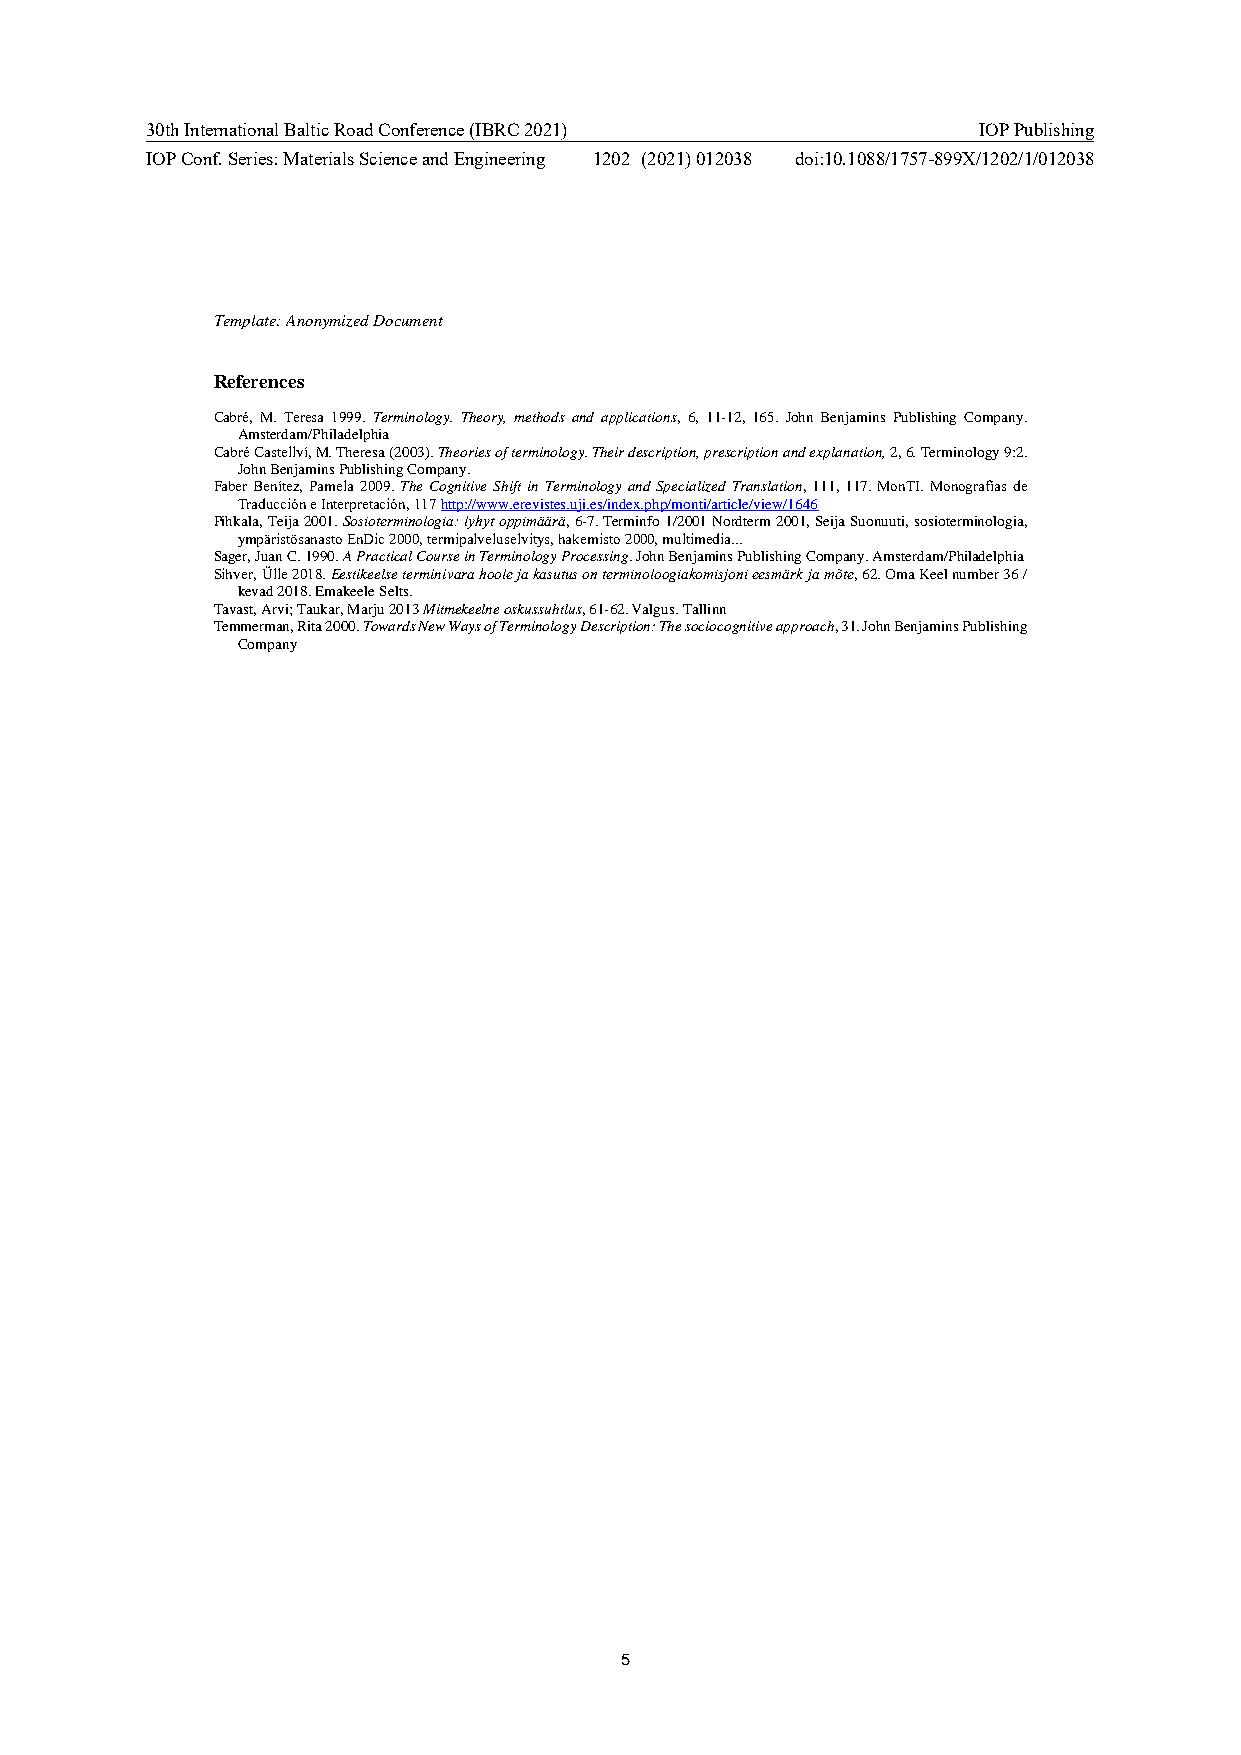
30th International Baltic Road Conference (IBRC 2021)  IOP Publishing
 IOP Conf. Series: Materials Science and Engineering 1202 (2021) 012038 doi:10.1088/1757-899X/1202/1/012038
 Template: Anonymized Document
 References
 Cabré, M. Teresa 1999. Terminology. Theory, methods and applications, 6, 11-12, 165. John Benjamins Publishing Company.
 Amsterdam/Philadelphia
 Cabré Castellví, M. Theresa (2003). Theories of terminology. Their description, prescription and explanation, 2, 6. Terminology 9:2.
 John Benjamins Publishing Company.
 Faber Benítez, Pamela 2009. The Cognitive Shift in Terminology and Specialized Translation, 111, 117. MonTI. Monografías de
 Traducción e Interpretación, 117 http://www.erevistes.uji.es/index.php/monti/article/view/1646
 Pihkala, Teija 2001. Sosioterminologia: lyhyt oppimäärä, 6-7. Terminfo 1/2001 Nordterm 2001, Seija Suonuuti, sosioterminologia,
 ympäristösanasto EnDic 2000, termipalveluselvitys, hakemisto 2000, multimedia...
 Sager, Juan C. 1990. A Practical Course in Terminology Processing. John Benjamins Publishing Company. Amsterdam/Philadelphia
 Sihver, Ülle 2018. Eestikeelse terminivara hoole ja kasutus on terminoloogiakomisjoni eesmärk ja mõte, 62. Oma Keel number 36 /
 kevad 2018. Emakeele Selts.
 Tavast, Arvi; Taukar, Marju 2013 Mitmekeelne oskussuhtlus, 61-62. Valgus. Tallinn
 Temmerman, Rita 2000. Towards New Ways of Terminology Description: The sociocognitive approach, 31. John Benjamins Publishing
 Company
 5